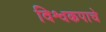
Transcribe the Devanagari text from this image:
विश्वकपाचे